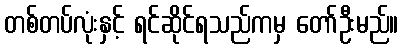
တစ်တပ်လုံးနှင့် ရင်ဆိုင်ရသည်ကမှ တော်ဦးမည်။